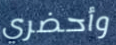
وأحضري